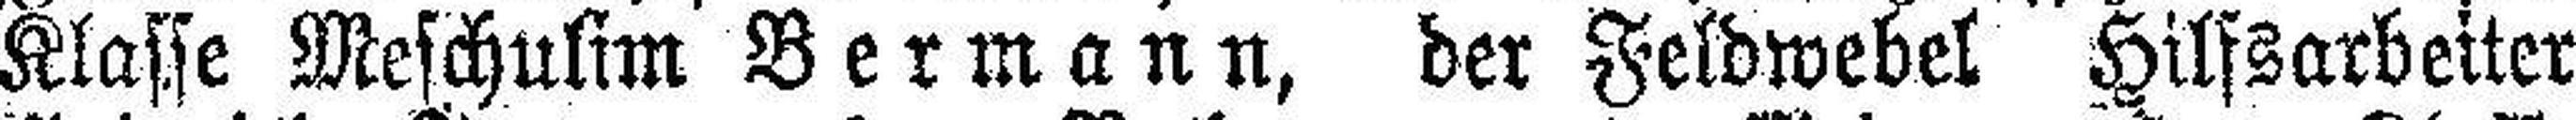
Klasse Meschulim Bermann, der Feldwebel Hilfsarbeiter